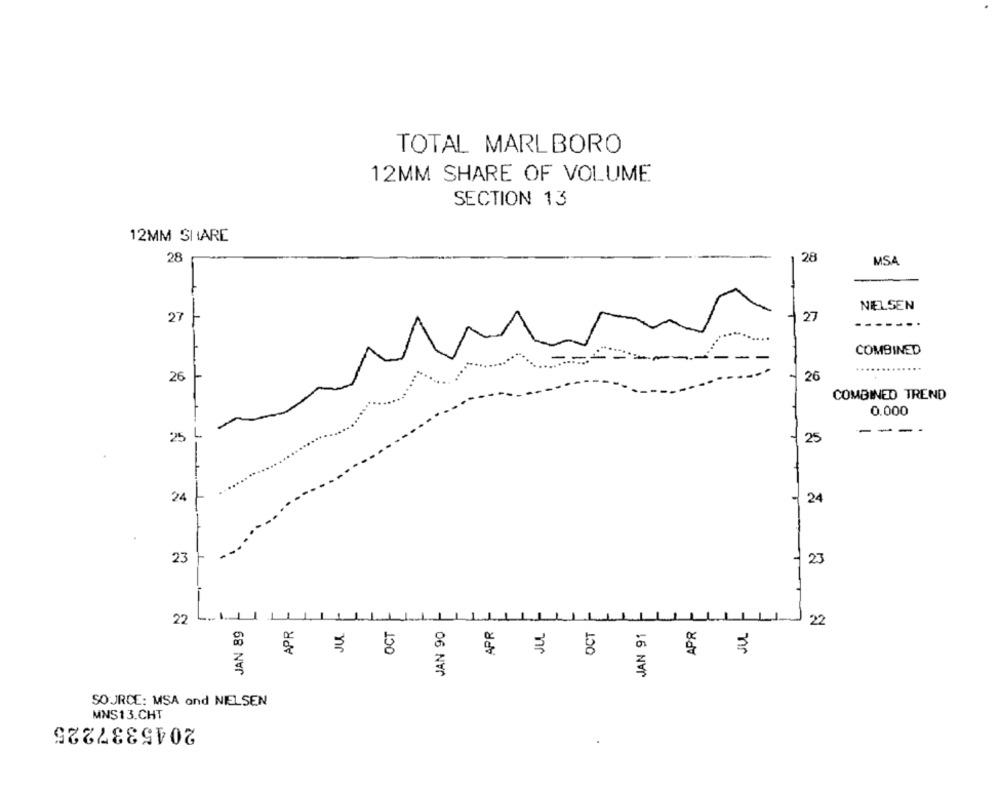
TOTAL MARLBORO
12MM SHARE OF VOLUME
SECTION 13
12MM SHARE
28
28
MSA
NIELSEN
27
27
-----..
....
--
COMBINED
26
26
COMBINED TREND
0.000
-
25 L
---
25
24
24
23
- 23
22
JAN 89
APR
JUL
OCT
JAN 90
APR
JUL
OCT
JAN 91
APR
22
₹
SOURCE: MSA and NIELSEN
MNS13.CHT
2045337225